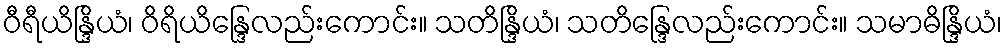
ဝီရီယိန္ဒြိယံ၊ ဝိရိယိန္ဒြေလည်းကောင်း။ သတိန္ဒြိယံ၊ သတိန္ဒြေလည်းကောင်း။ သမာဓိန္ဒြိယံ၊